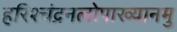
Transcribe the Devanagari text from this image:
हरिश्चंद्रनलोपाख्यानमु